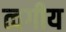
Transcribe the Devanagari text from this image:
त्वगीय